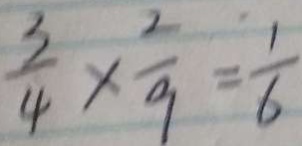
\frac { 3 } { 4 } \times \frac { 2 } { 9 } = \frac { 1 } { 6 }